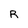
Character: R